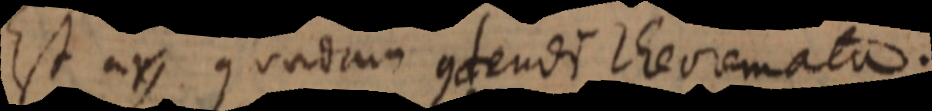
Est ars quaedam condendi theoremata.